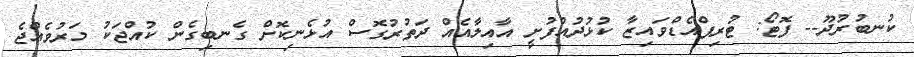
ކުނބުރުދޫ-- ފޮޓޯ: ޓުރިޕްއެޑްވައިޒާ ކުޅުދުއްފުށީ އާއިލާއެއް ދަތުރުގޮސް އުޅެނިކޮށް ގެނބިގެން ކުއްޖަކު މަރުވެއްޖެ